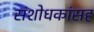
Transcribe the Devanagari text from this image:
संशोधकांसह